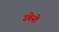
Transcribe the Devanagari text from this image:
उपेनो